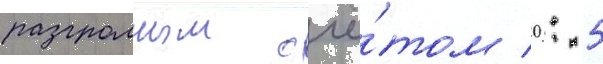
разгромным счё́том 0: 5